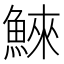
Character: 鯠